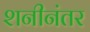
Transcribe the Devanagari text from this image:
शनीनंतर